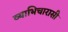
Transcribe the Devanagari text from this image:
व्याभिचारासी